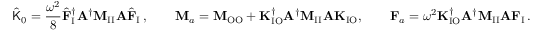
\hat { \mathsf { K } } _ { 0 } = \frac { \omega ^ { 2 } } { 8 } \hat { \mathbf { F } } _ { \mathrm { I } } ^ { \dagger } \mathbf { A } ^ { \dagger } \mathbf { M } _ { \mathrm { I I } } \mathbf { A } \hat { \mathbf { F } } _ { \mathrm { I } } \, , \qquad \mathbf { M } _ { a } = \mathbf { M } _ { \mathrm { O O } } + \mathbf { K } _ { \mathrm { I O } } ^ { \dagger } \mathbf { A } ^ { \dagger } \mathbf { M } _ { \mathrm { I I } } \mathbf { A } \mathbf { K } _ { \mathrm { I O } } , \qquad \mathbf { F } _ { a } = \omega ^ { 2 } \mathbf { K } _ { \mathrm { I O } } ^ { \dagger } \mathbf { A } ^ { \dagger } \mathbf { M } _ { \mathrm { I I } } \mathbf { A } \mathbf { F } _ { \mathrm { I } } \, .